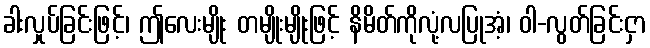
ခါးလှုပ်ခြင်းဖြင့်၊ ဤလေးမျိုး တမျိုးမျိုးဖြင့် နိမိတ်ကိုလုံ့လပြုအံ့၊ ဝါ-လွတ်ခြင်းငှာ